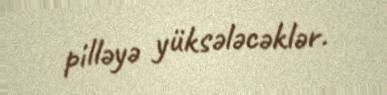
pilləyə yüksələcəklər.